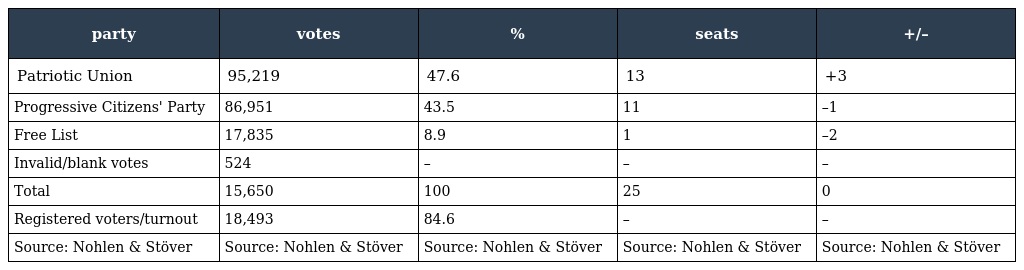
| party | votes | % | seats | +/– |
 | --- | --- | --- | --- | --- |
 | Patriotic Union | 95,219 | 47.6 | 13 | +3 |
 | Progressive Citizens' Party | 86,951 | 43.5 | 11 | –1 |
 | Free List | 17,835 | 8.9 | 1 | –2 |
 | Invalid/blank votes | 524 | – | – | – |
 | Total | 15,650 | 100 | 25 | 0 |
 | Registered voters/turnout | 18,493 | 84.6 | – | – |
 | Source: Nohlen & Stöver | Source: Nohlen & Stöver | Source: Nohlen & Stöver | Source: Nohlen & Stöver | Source: Nohlen & Stöver |